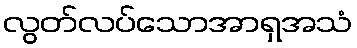
လွတ်လပ်သောအာရှအသံ